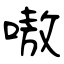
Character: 嗷